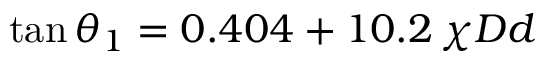
\tan \theta _ { 1 } = 0 . 4 0 4 + 1 0 . 2 \, \chi D d